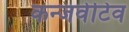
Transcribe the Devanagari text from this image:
कन्जर्वेटिव